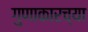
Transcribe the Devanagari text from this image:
गुणाकारच्या